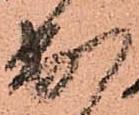
出